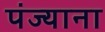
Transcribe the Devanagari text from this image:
पंज्याना